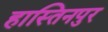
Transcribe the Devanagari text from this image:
हास्तिनपुर